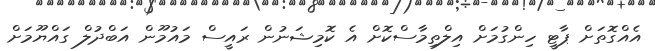
އެއްގޮތަށް ޕާޓީ ހިންގުމަށް އިލްތިމާސްކޮށް އެ ކޮމިޝަނުން ރައީސް މައުމޫން އަބްދުލް ގައްޔޫމަށް